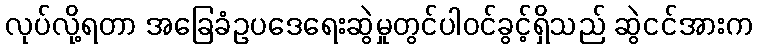
လုပ်လို့ရတာ အခြေခံဥပဒေရေးဆွဲမှုတွင်ပါဝင်ခွင့်ရှိသည် ဆွဲငင်အားက